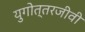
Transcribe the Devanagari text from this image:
युगोत्तरजीवी